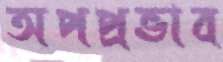
অপপ্রভাব